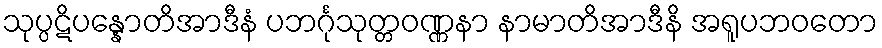
သုပ္ပဋိပန္နောတိအာဒီနံ ပဘင်္ဂုသုတ္တဝဏ္ဏနာ နာမာတိအာဒီနိ အရူပဘဝတော